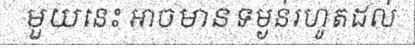
មួយនេះ អាចមានទម្ងន់រហូតដល់